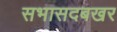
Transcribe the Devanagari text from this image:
सभासदबखर